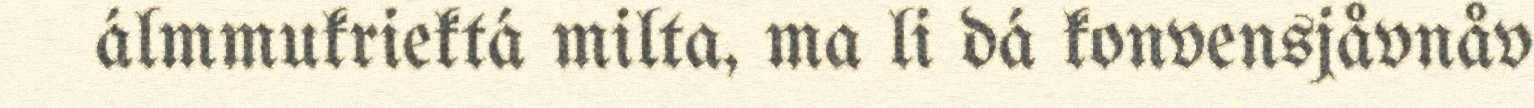
álmmukriektá milta, ma li dá konvensjåvnåv